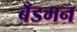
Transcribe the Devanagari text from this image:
बँडमन